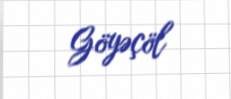
Göyəçöl